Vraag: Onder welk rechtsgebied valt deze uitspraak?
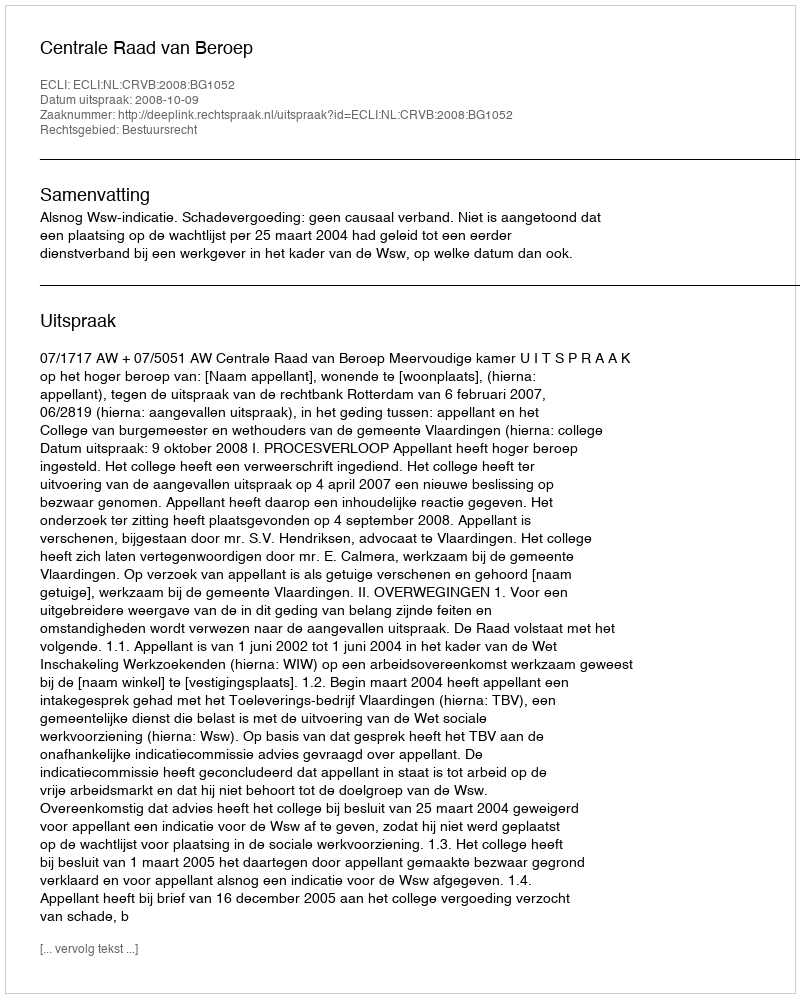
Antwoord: Bestuursrecht